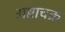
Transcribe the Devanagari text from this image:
अष्टाचक्र